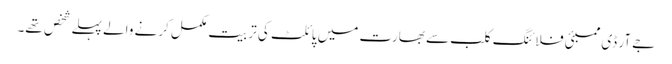
جے آر ڈی ممبئی فلائنگ کلب سے بھارت میں پائلٹ کی تربیت مکمل کرنے والے پہلے شخص تھے۔